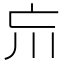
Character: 𡿫